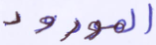
المورود